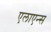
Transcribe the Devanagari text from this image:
एलाएन्स